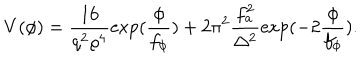
LaTeX: V ( \phi ) = \frac { 1 6 } { q ^ { 2 } \varrho ^ { 4 } } \exp ( \frac { \phi } { f _ { \phi } } ) + 2 \pi ^ { 2 } \frac { f _ { a } ^ { 2 } } { \Delta ^ { 2 } } \exp ( - 2 \frac { \phi } { f _ { \phi } } ) .